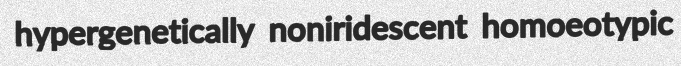
hypergenetically noniridescent homoeotypic